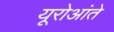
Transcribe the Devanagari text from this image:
यूरोआंते